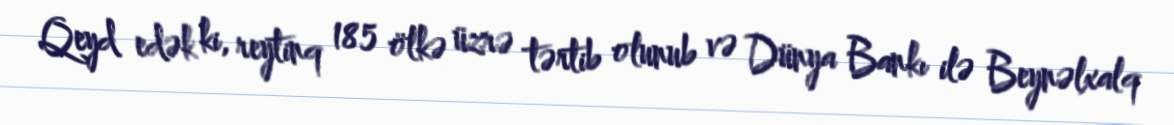
Qeyd edək ki, reytinq 185 ölkə üzrə tərtib olunub və Dünya Bankı ilə Beynəlxalq